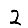
Digit: 2